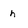
Character: h